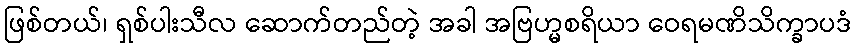
ဖြစ်တယ်၊ ရှစ်ပါးသီလ ဆောက်တည်တဲ့ အခါ အဗြဟ္မစရိယာ ဝေရမဏိသိက္ခာပဒံ